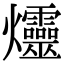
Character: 爧